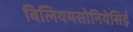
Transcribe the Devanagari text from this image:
बिलियमसोनियेसिई